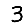
Digit: 3